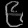
Digit: ၉